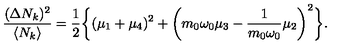
{ \frac { ( \Delta N _ { k } ) ^ { 2 } } { \langle N _ { k } \rangle } } = { \frac { 1 } { 2 } } \biggl \{ ( \mu _ { 1 } + \mu _ { 4 } ) ^ { 2 } + \biggl ( m _ { 0 } \omega _ { 0 } \mu _ { 3 } - { \frac { 1 } { m _ { 0 } \omega _ { 0 } } } \mu _ { 2 } \biggr ) ^ { 2 } \biggr \} .